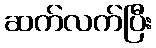
ဆက်လက်ပြီး